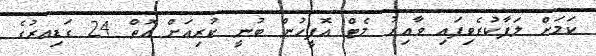
ކަމަށް ލަފާކުރެވިފައި ވާއިރު މެޓް އޮފީހުން ބުނީ ކުރިއަށް އޮތް 24 ގަޑިއރުގެ